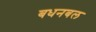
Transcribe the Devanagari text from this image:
बधनबल